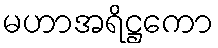
မဟာအရိဋ္ဌကော